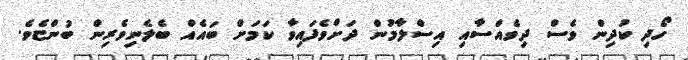
ހޯދި ކުދިން ވެސް ދިވެއްސާއި އިސްލާމުން ދަށްވެފައިވާ ކަމަށް ބައެއް ބެލެނިވެރިން ބުންޏެވެ.